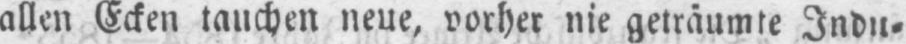
allen Ecken tauchen neue, vorher nie geträumte Indu⸗